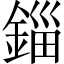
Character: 錙